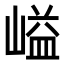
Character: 𡺬